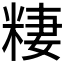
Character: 𱹊